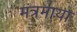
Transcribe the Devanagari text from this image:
मंत्रमाया